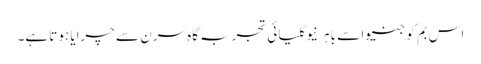
اس بم کو جنیوا سے باہر نیوکلیائی تجربہ گاہ سرن سے چرایا ہوتا ہے۔